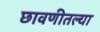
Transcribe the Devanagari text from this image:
छावणीतल्या